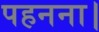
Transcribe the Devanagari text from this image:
पहनना।